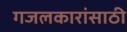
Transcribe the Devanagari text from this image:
गजलकारांसाठी